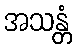
အသန္တံ